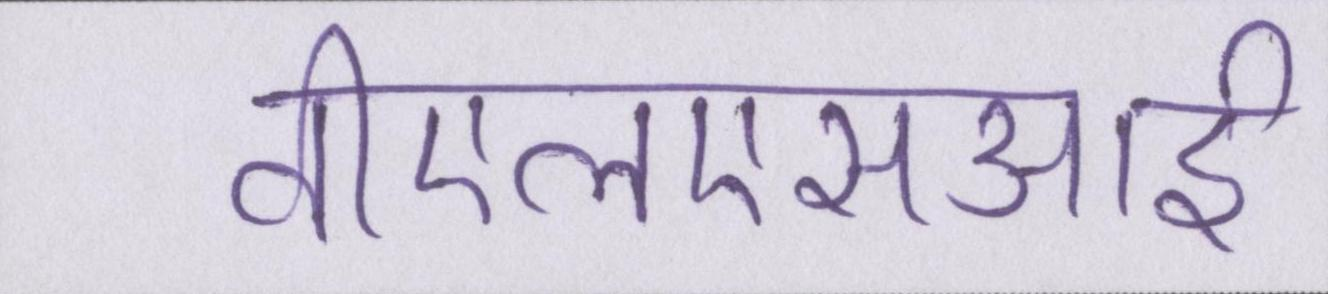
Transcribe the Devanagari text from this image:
वीएलएसआई